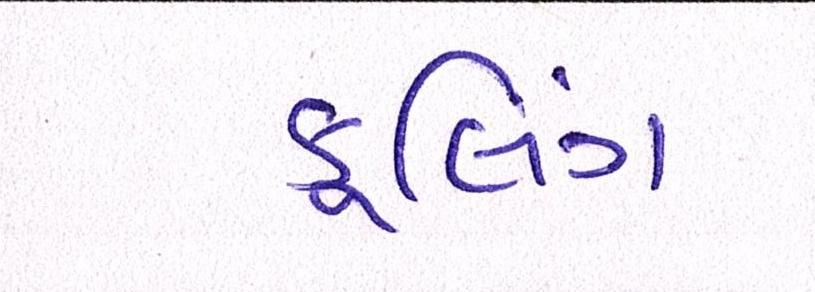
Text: કૂલિંગ